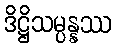
ဒိဋ္ဌိသမ္ပန္နဿ